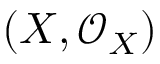
( X , { \mathcal { O } } _ { X } )